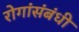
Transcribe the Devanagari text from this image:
रोगांसंबंधी